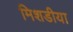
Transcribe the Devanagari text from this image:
मिशडीया